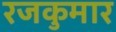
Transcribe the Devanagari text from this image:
रजकुमार